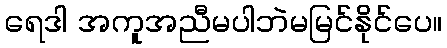
ရေဒါ အကူအညီမပါဘဲမမြင်နိုင်ပေ။